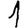
Digit: 1